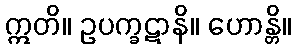
ဣတိ။ ဥပက္ခဋာနိ။ ဟောန္တိ။